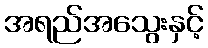
အရည်အသွေးနှင့်